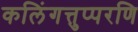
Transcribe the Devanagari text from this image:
कलिंगत्तुप्परणि